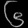
Digit: ၆